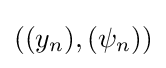
((y_{n}),(\psi _{n}))